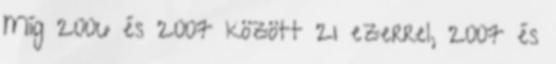
Míg 2006 és 2007 között 21 ezerrel, 2007 és